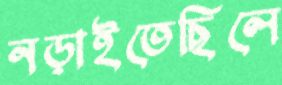
নড়াইতেছিলে